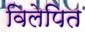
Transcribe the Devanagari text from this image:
विलेपित